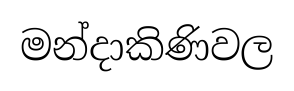
මන්දාකිණිවල